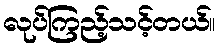
လုပ်ကြည့်သင့်တယ်။